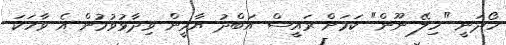
ހޯދަނީ "ހިލޭ ނޫން" ކަމަށް ރައީސް އަބްދު ޔާމީން ވިދާޅުވުމުން އެ ވާހަކަ